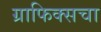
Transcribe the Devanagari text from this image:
ग्राफिक्सचा